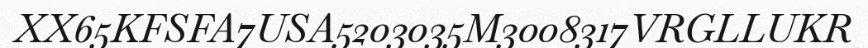
XX65KFSFA7USA5203035M3008317VRGLLUKR